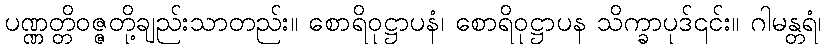
ပဏ္ဏတ္တိဝဇ္ဇတို့ချည်းသာတည်း။ စောရိဝုဋ္ဌာပနံ၊ စောရိဝုဋ္ဌာပန သိက္ခာပုဒ်၎င်း။ ဂါမန္တရံ၊